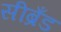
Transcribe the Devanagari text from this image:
सीब्रँड